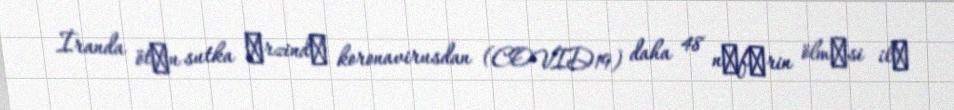
İranda ötәn sutka әrzindә koronavirusdan (COVID19) daha 48 nәfәrin ölmәsi ilә